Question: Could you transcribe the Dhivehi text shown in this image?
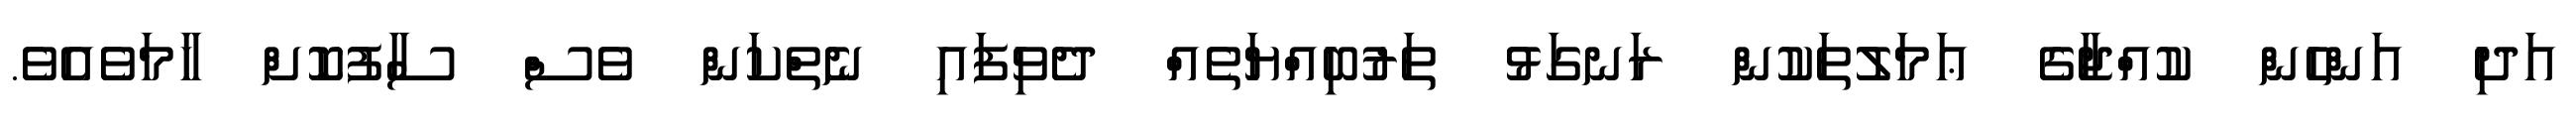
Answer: އަދި އަންހެން ކުއްޖާގެ ޢަމަލުތަކުން ރަނގަޅު ތަރުބިއްޔަތެއް ދެވިފައި ނެތްކަން ވެސް ސާފުކޮށް ހާމަވެއެވެ.